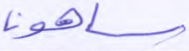
ساهون